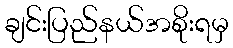
ချင်းပြည်နယ်အစိုးရမှ